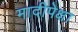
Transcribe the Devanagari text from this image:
मादीपेक्षा